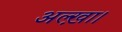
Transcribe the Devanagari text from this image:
अल्ख़ा।